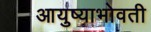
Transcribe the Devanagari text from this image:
आयुष्याभोवती